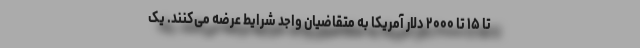
تا ۱۵ تا ۲۰۰۰ دلار آمریکا به متقاضیان واجد شرایط عرضه می‌کنند. یک